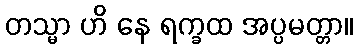
တသ္မာ ဟိ နေ ရက္ခထ အပ္ပမတ္တာ။